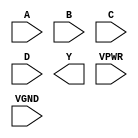
/**
 * Copyright 2020 The SkyWater PDK Authors
 *
 * Licensed under the Apache License, Version 2.0 (the "License");
 * you may not use this file except in compliance with the License.
 * You may obtain a copy of the License at
 *
 *     https://www.apache.org/licenses/LICENSE-2.0
 *
 * Unless required by applicable law or agreed to in writing, software
 * distributed under the License is distributed on an "AS IS" BASIS,
 * WITHOUT WARRANTIES OR CONDITIONS OF ANY KIND, either express or implied.
 * See the License for the specific language governing permissions and
 * limitations under the License.
 *
 * SPDX-License-Identifier: Apache-2.0
 */

`ifndef SKY130_FD_SC_HS__NAND4_PP_SYMBOL_V
`define SKY130_FD_SC_HS__NAND4_PP_SYMBOL_V

/**
 * nand4: 4-input NAND.
 *
 * Verilog stub (with power pins) for graphical symbol definition
 * generation.
 *
 * WARNING: This file is autogenerated, do not modify directly!
 */

`timescale 1ns / 1ps
`default_nettype none

(* blackbox *)
module sky130_fd_sc_hs__nand4 (
    //# {{data|Data Signals}}
    input  A   ,
    input  B   ,
    input  C   ,
    input  D   ,
    output Y   ,

    //# {{power|Power}}
    input  VPWR,
    input  VGND
);
endmodule

`default_nettype wire
`endif  // SKY130_FD_SC_HS__NAND4_PP_SYMBOL_V